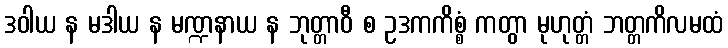
ဒဝါယ န မဒါယ န မဏ္ဍနာယ န ဘုတ္တာဝီ စ ဥဒကကိစ္စံ ကတွာ မုဟုတ္တံ ဘတ္တကိလမထံ